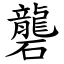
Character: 礱